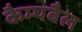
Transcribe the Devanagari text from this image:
कैम्पबैल